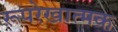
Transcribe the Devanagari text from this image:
रूपरेखात्मक